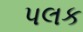
પલક